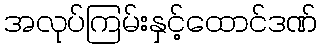
အလုပ်ကြမ်းနှင့်ထောင်ဒဏ်